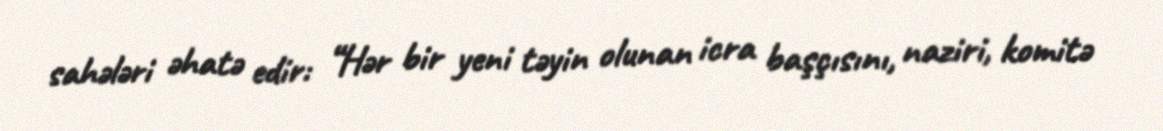
sahələri əhatə edir: “Hər bir yeni təyin olunan icra başçısını, naziri, komitə